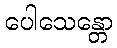
ပေါသေန္တော